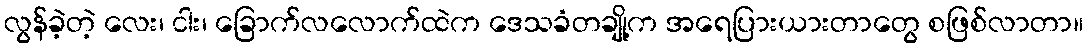
လွန်ခဲ့တဲ့ လေး၊ ငါး၊ ခြောက်လလောက်ထဲက ဒေသခံတချို့က အရေပြားယားတာတွေ စဖြစ်လာတာ။